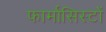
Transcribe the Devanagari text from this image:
फार्मासिस्टों